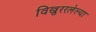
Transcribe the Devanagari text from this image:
विखुररलेल्या